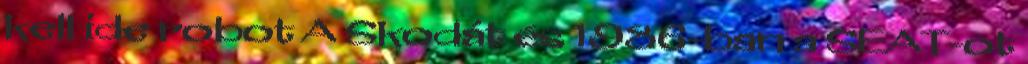
kell ide robot A Skodát és 1986-ban a SEAT-ot